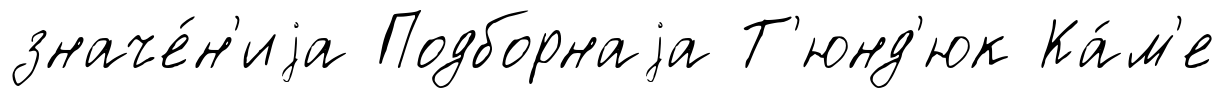
значе́н'иjа Подборнаjа Т'юнд'юк Ка́м'е